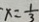
- x = \frac { 1 } { 3 }